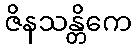
ဇိနသန္တိကေ